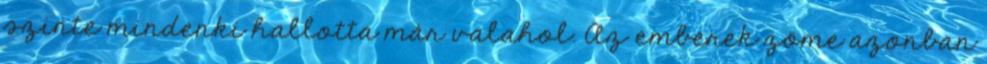
szinte mindenki hallotta már valahol. Az emberek zöme azonban